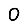
Digit: 0